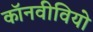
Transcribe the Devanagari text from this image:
कॉनवीवियो